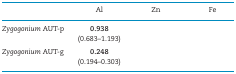
<table><thead><tr><td>[EMPTY_CELL]</td><td><b>Al</b></td><td><b>Zn</b></td><td><b>Fe</b></td></tr></thead><tbody><tr><td><i>Zygogonium</i> AUT-p</td><td><b>0.938</b></td><td>[EMPTY_CELL]</td><td>[EMPTY_CELL]</td></tr><tr><td>[EMPTY_CELL]</td><td>(0.683–1.193)</td><td>[EMPTY_CELL]</td><td>[EMPTY_CELL]</td></tr><tr><td><i>Zygogonium</i> AUT-g</td><td><b>0.248</b></td><td>[EMPTY_CELL]</td><td>[EMPTY_CELL]</td></tr><tr><td>[EMPTY_CELL]</td><td>(0.194–0.303)</td><td>[EMPTY_CELL]</td><td>[EMPTY_CELL]</td></tr></tbody></table>